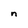
Character: n